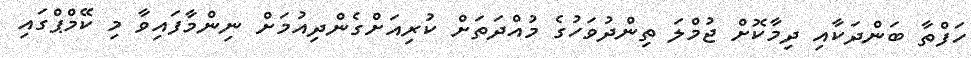
ހަފްތާ ބަންދަކާއި ދިމާކޮށް ޖުމްލަ ތިންދުވަހުގެ މުއްދަތަށް ކުރިއަށްގެންދިއުމަށް ނިންމާފައިވާ މި ކޭމްޕްގައި